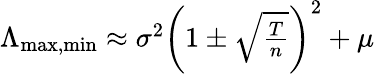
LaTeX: \begin{array}{r}{\Lambda_{\operatorname*{max},\operatorname*{min}}\approx\sigma^{2}\left(1\pm\sqrt{\frac{T}{n}}\right)^{2}+\mu}\end{array}